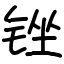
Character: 锉